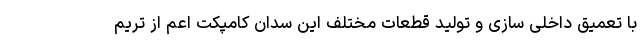
با تعمیق داخلی سازی و تولید قطعات مختلف این سدان کامپکت اعم از تریم